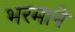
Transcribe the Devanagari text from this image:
भरमाने